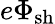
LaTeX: e\Phi_{\mathrm{sh}}